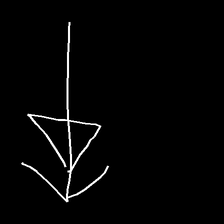
Glyph: pull